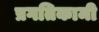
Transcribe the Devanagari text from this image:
प्रगतिकामी